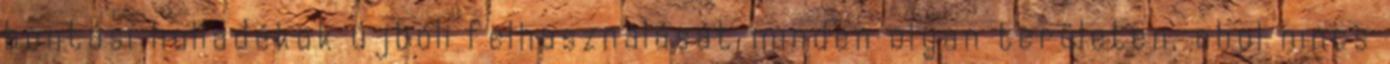
bontási hulladékok újbóli felhasználását minden olyan területen, ahol nincs